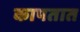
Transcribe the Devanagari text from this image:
कापतात